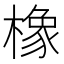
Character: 橡